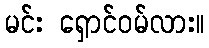
မင်း ရှောင်ဝမ်လား။